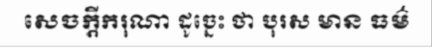
សេចក្តីករុណា ដូច្នេះ ថា បុរស មាន ធម៌